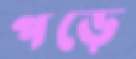
পড়ে